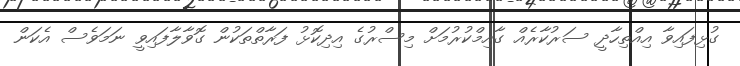
ގުޅިފައިވާ އިއްތިހާދީ ސަރުކާރެއް ގާއިމްކުރުމަށް މިސްރުގެ އިދިކޮޅު ފަރާތްތަކުން ގޮވާލާފައިވީ ނަމަވެސް އެކަން